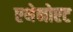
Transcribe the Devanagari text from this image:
एथेनोएट